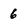
Character: 6